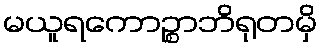
မယူရကောဉ္စာဘိရုတမှိ